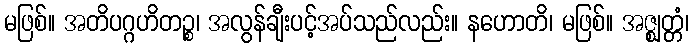
မဖြစ်။ အတိပဂ္ဂဟိတဉ္စ၊ အလွန်ချီးပင့်အပ်သည်လည်း။ နဟောတိ၊ မဖြစ်။ အဇ္ဈတ္တံ၊